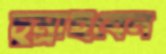
চুম্‌রাইবেন